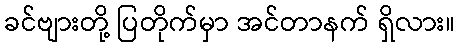
ခင်ဗျားတို့ ပြတိုက်မှာ အင်တာနက် ရှိလား။